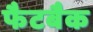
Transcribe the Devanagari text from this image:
फैटबैक